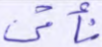
نأتي